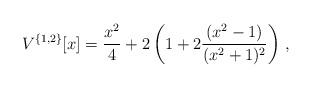
\begin{align*}V^{\{1,2\}}[x]=\frac{x^2}{4}+2\left(1 + 2\frac{(x^2-1)}{(x^2+1)^2}\right) \,,\end{align*}